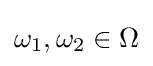
\omega _{1},\omega _{2}\in \Omega